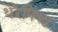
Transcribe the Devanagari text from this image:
थेरैपिस्ट